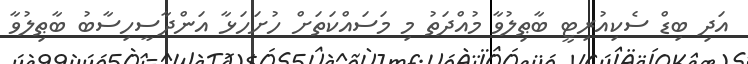
އަދި ބިޑް ސެކިއުރިޓީ ބާޠިލުވާ މުއްދަތު މި މަސައްކަތަށް ހުށަހަޅާ އަންދާސީހިސާބު ބާޠިލުވާ